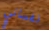
نفساني